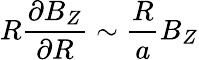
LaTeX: R\frac{\partial B_{Z}}{\partial R}\sim\frac{R}{a}B_{Z}